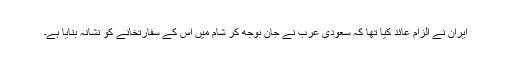
ایران نے الزام عائد کیا تھا کہ سعودی عرب نے جان بوجھ کر شام میں اس کے سفارتخانے کو نشانہ بنایا ہے۔